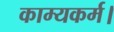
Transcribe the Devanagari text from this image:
काम्यकर्म।